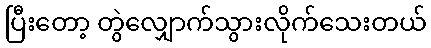
ပြီးတော့ တွဲလျှောက်သွားလိုက်သေးတယ်